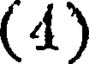
(4)